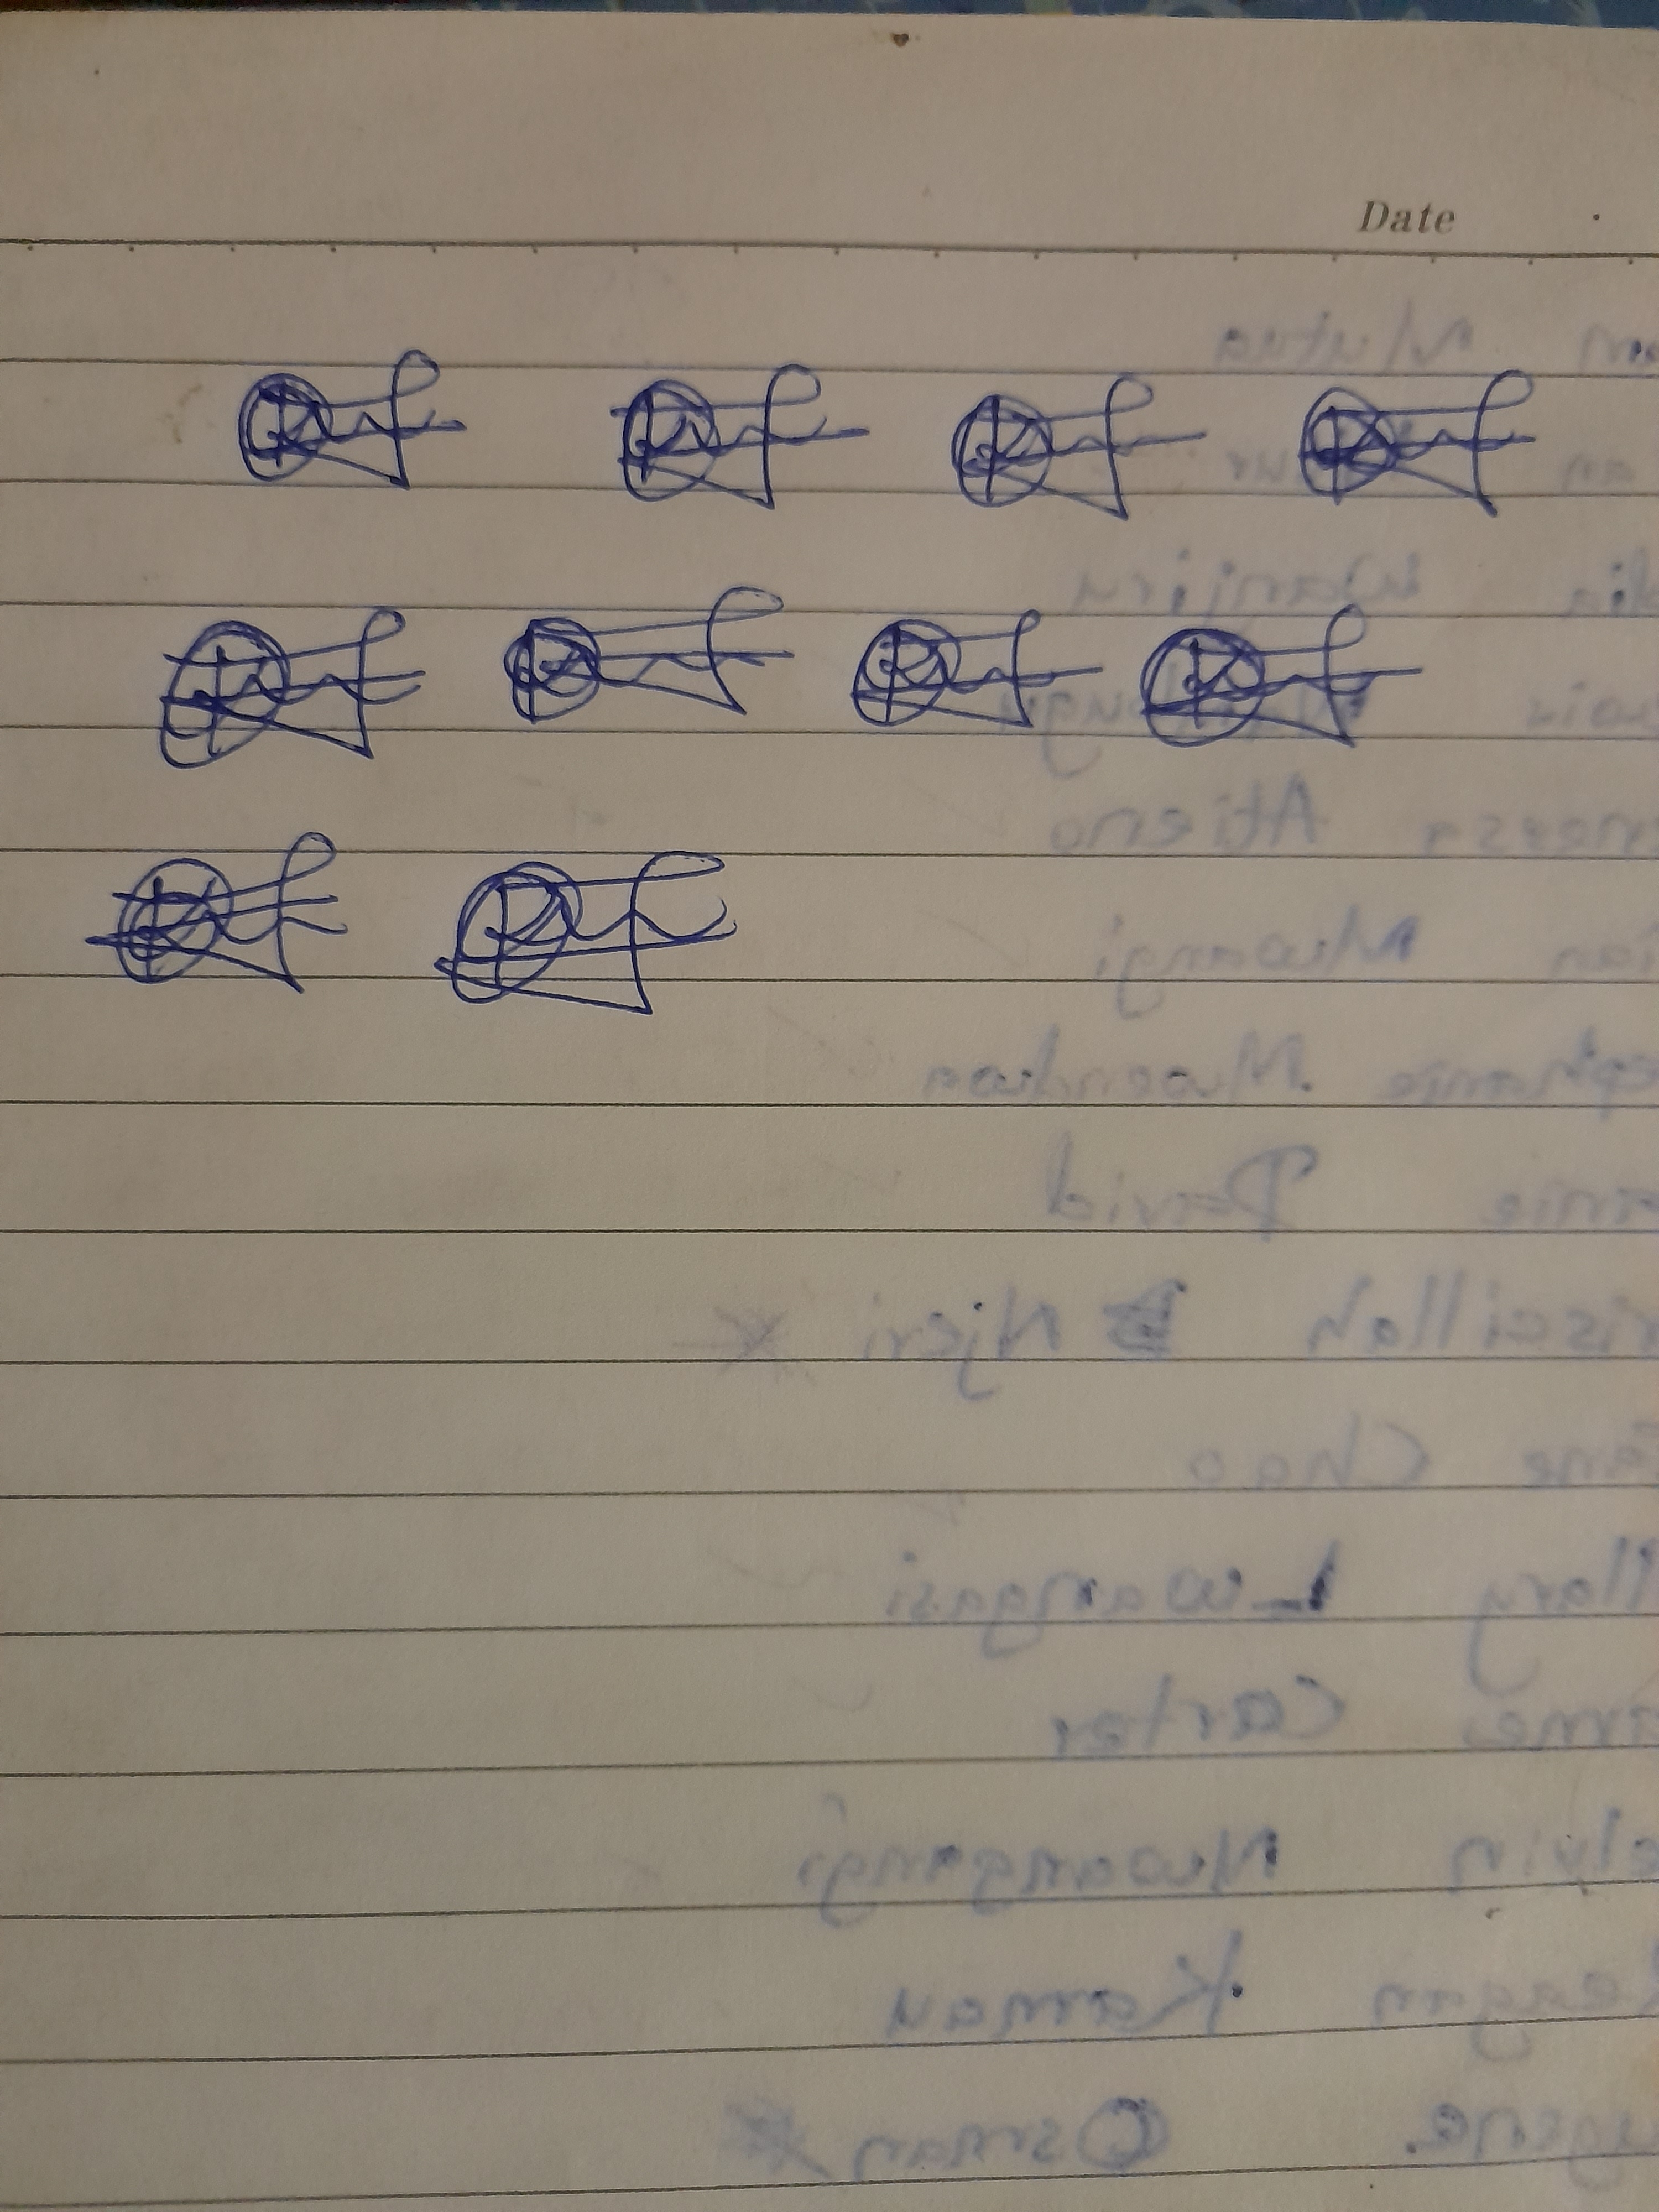
Signature authenticity: genuine